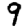
Digit: 9